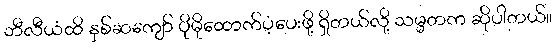
ဘီလီယံထိ နှစ်ဆကျော် ပိုမိုထောက်ပံ့ပေးဖို့ ရှိတယ်လို့ သမ္မတက ဆိုပါတယ်။